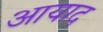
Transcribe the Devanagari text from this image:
आयाद